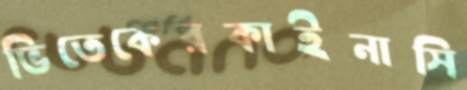
ভিতেকেরকাইনাসি